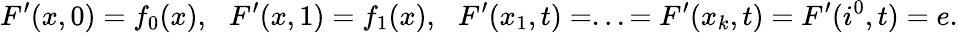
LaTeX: F^{\prime}(x,0)=f_{0}(x),\: \: \: F^{\prime}(x,1)=f_{1}(x),\: \: \: F^{\prime}(x_{1},t)=...=F^{\prime}(x_{k},t)=F^{\prime}(i^{0},t)=e.